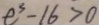
e ^ { 3 } - 1 6 > 0